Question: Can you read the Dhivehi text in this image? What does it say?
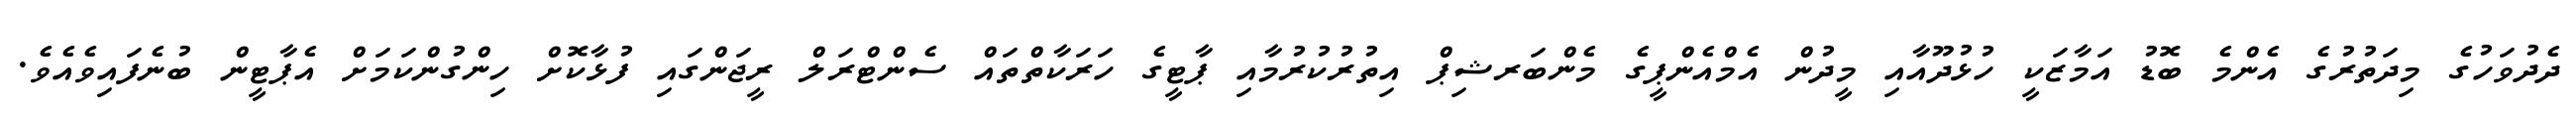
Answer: ދެދުވަހުގެ މިދަތުރުގެ އެންމެ ބޮޑު އަމާޒަކީ ހުޅުދޫއާއި މީދުން އެމްއެންޕީގެ މެންބަރޝިޕް އިތުރުކުރުމާއި ޕާޓީގެ ހަރަކާތްތައް ސެންޓްރަލް ރީޖަންގައި ފުޅާކޮށް ހިންގުންކަމަށް އެޕާޓީން ބުނެފައިވެއެވެ.